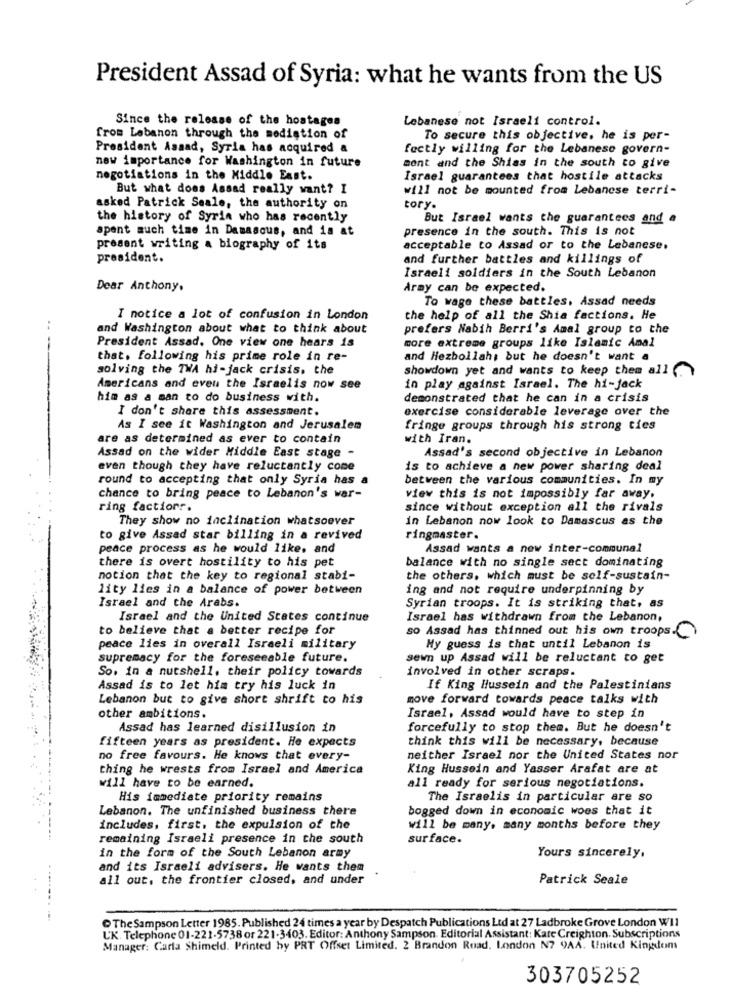
President Assad of Syria: what he wants from the US
Since the release of the hostages
Lebanese not Israeli control.
from Lebanon through the medistion of
To secure this objective, he is per-
President Asaad, Syria has acquired &
fectly willing for the Lebanese govern-
new importance for Washington in future
ment and the Shias in the south to give
negotiations in the Middle East.
Israel guarantees that hostile attacks
But what does Assad really want? I
will not be mounted from Lebanese terri-
asked Patrick Seale, the authority on
tory.
the history of Syria who has recently
But Israel wants the guarantees and a
spent much time in Damascus, and is at
presence in the south. This is not
present writing a biography of its
acceptable to Assad or to the Lebanese.
president.
and further battles and killings of
Israeli soldiers in the South Lebanon
Dear Anthony.
Army can be expected.
To wage these battles, Assad needs
I notice a lot of confusion in London
the help of all the Shia factions. He
and Washington about what to think about
prefers Nabih Berri's Amal group to the
President Assad. One view one hears is
more extreme groups like Islamic Amal
that. following his prime role in re-
and Hezbollah, but he doesn't want a
solving the TWA hi-jack crisis. the
showdown yet and wants to keep them all (
Americans and even the Israelis now see
in play against Israel. The hi-jack
him as a man to do business with.
demonstrated that he can in a crisis
I don't share this assessment.
exercise considerable leverage over the
As I see it Washington and Jerusalem
fringe groups through his strong ties
are as determined as ever to contain
with Iran.
Assad's second objective in Lebanon
Assad on the wider Middle East stage -
even though they have reluctantly come
is to achieve a new power sharing deal
round to accepting that only Syria has a
between the various communities. In my
chance to bring peace to Lebanon's war-
view this is not impossibly far away.
ring factionr.
since without exception all the rivals
They show no inclination whatsoever
in Lebanon now look to Damascus as the
to give Assad star billing in a revived
ringmaster.
peace process as he would like. and
Assad wants a new inter-communal
there is overt hostility to his pet
balance with no single sect dominating
notion that the key to regional stabi-
the others, which must be self-sustain-
lity lies in a balance of power between
ing and not require underpinning by
Israel and the Arabs.
Syrian troops. It is striking that, as
Israel and the United States continue
Israel has withdrawn from the Lebanon,
to believe that a better recipe for
so Assad has thinned out his own troops.
peace lies in overall Israeli military
My guess is that until Lebanon is
supremacy for the foreseeable future.
sewn up Assad will be reluctant to get
So. in a nutshell. their policy towards
involved in other scraps.
Assad is to let him try his luck in
If King Hussein and the Palestinians
Lebanon but to give short shrift to his
move forward towards peace talks with
other ambitions.
Israel, Assad would have to step in
Assad has learned disillusion in
forcefully to stop them. But he doesn't
fifteen years as president. He expects
think this will be necessary, because
no free favours. He knows that every-
neither Israel nor the United States nor
thing he wrests from Israel and America
King Hussein and Yasser Arafat are at
will have to be earned.
all ready for serious negotiations.
His immediate priority remains
The Israelis in particular are so
Lebanon. The unfinished business there
bogged down in economic woes that it
includes, first. the expulsion of the
will be many, many months before they
remaining Israeli presence in the south
surface.
in the form of the South Lebanon army
Yours sincerely.
and its Israeli advisers. He wants them
all out, the frontier closed, and under
Patrick Seale
The Sampson Letter 1985. Published 24 times a year by Despatch Publications Ltd at 27 Ladbroke Grove London WII
UK. Telephone 01-221-5738 or 221-3403. Editor: Anthony Sampson. Editorial Assistant: Kate Creighton. Subscriptions
Manager: Carla Shimeld. Printed hy PRT Offset Limited. 2 Brandon Road, London N7 9AA. United Kingdom
303705252